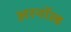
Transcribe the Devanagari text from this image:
अरनॉल्‍ड